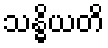
သန္ဓိယတိ